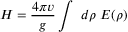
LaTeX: H = \frac { 4 \pi v } { g } \int ~ d \rho ~ \cal { E } ( \rho )